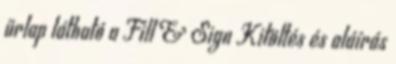
űrlap látható a Fill & Sign Kitöltés és aláírás